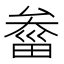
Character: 𤲙